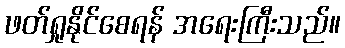
ဖတ်ရှုနိုင်စေရန် အရေးကြီးသည်။